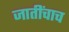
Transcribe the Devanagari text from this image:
जातींचाच